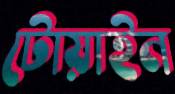
টোয়াইন